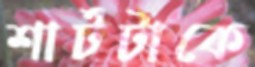
শার্টটাকে